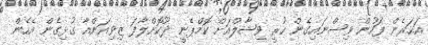
އަހަރެން ފަހުން ވިސްނައިގެން ހުރީ ވިޝާލްއަށް ކޮމްޕެނީ ދޫކޮށްލާފަ ޒިވިއަންއާ ގުޅިގެން އެހެން